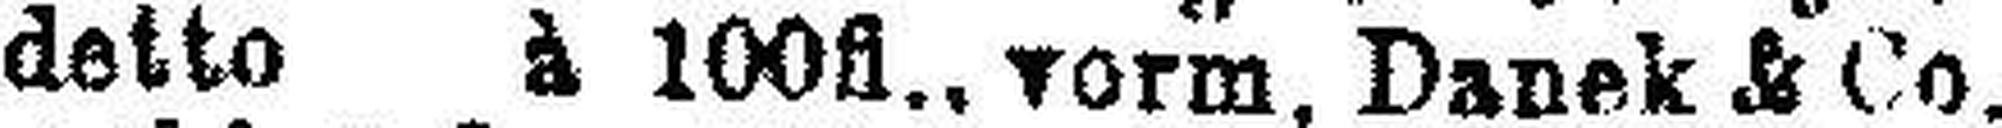
detto à 100fl., vorm. Danek & Co.